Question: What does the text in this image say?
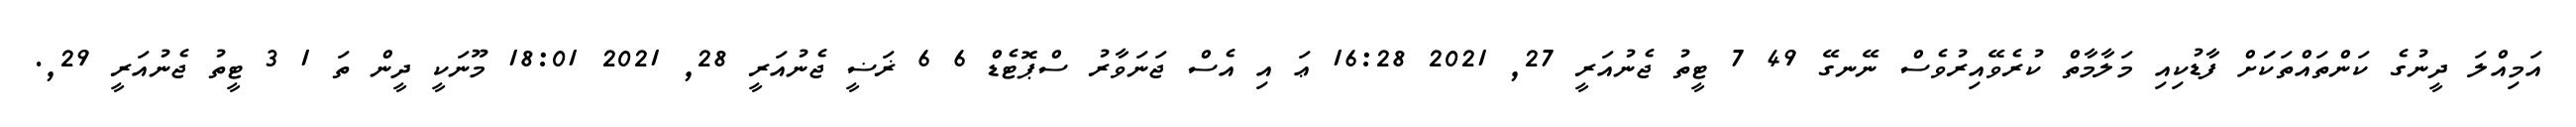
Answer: އަމިއްލަ ދީނުގެ ކަންތައްތަކަަށް ފާޑުކިއި މަލާމާތް ކުރެވޭއިރުވެސް ނޭނގޭ 49 7 ޓީތު ޖެނުއަރީ 27, 2021 16:28 ޢަ އި އެސް ޖަނަވާރު ސްޕޮޓެޑް 6 6 ޜަޟީ ޖެނުއަރީ 28, 2021 18:01 މޫނަކީ ދީން ތަ 1 3 ޓީތު ޖެނުއަރީ 29,.